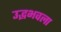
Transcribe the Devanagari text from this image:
उद्भभवला